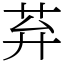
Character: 䒪